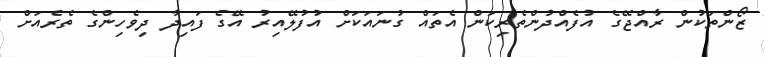
ޒޯންތަކުން ރާއްޖޭގެ އުފެއްދުންތެރިކަން އެތައް ގުނައަކަށް އުފުލޭއިރު އޭގެ ފައިދާ ދިވެހިންގެ ތެރެއަށް